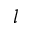
l